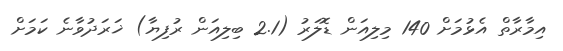
އިމާރާތް އެޅުމަށް 140 މިލިއަން ޑޮލަރު (2.1 ބިލިއަން ރުފިޔާ) ޚަރަދުވާނެ ކަމަށް